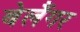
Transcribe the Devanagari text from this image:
बेलैंगर